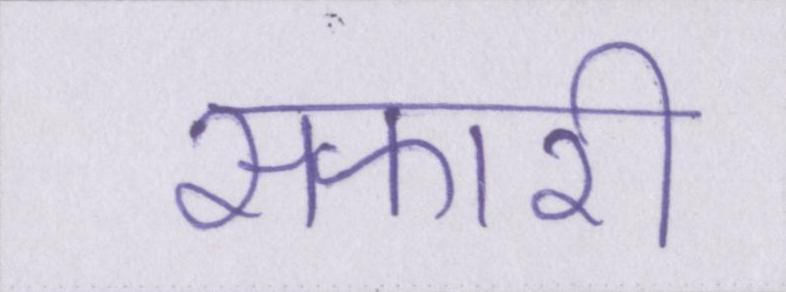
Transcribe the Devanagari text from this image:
सफारी